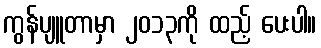
ကွန်ပျူတာမှာ ၂၀၁၃ကို ထည့် ပေးပါ။